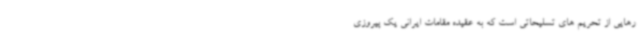
رهایی از تحریم های تسلیحاتی است که به عقیده مقامات ایرانی یک پیروزی